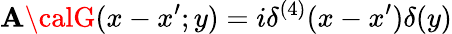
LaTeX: \mathbf{A}{\calG}(x-x^{\prime};y)=i\delta^{(4)}(x-x^{\prime})\delta(y)